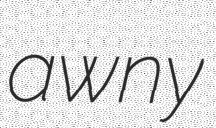
awny